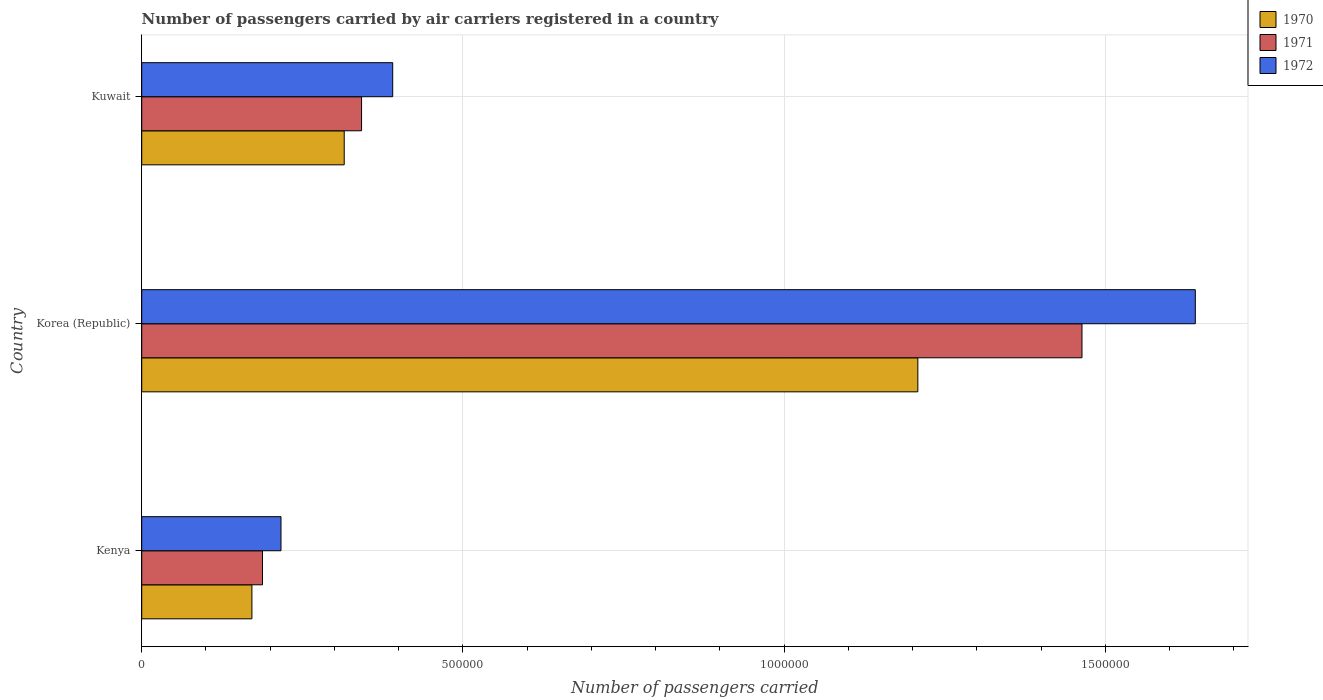
| Country | 1970 | 1971 | 1972 |
 | --- | --- | --- | --- |
 | Kenya | 1.72e+05 | 1.88e+05 | 2.17e+05 |
 | Korea (Republic) | 1.21e+06 | 1.46e+06 | 1.64e+06 |
 | Kuwait | 3.15e+05 | 3.42e+05 | 3.91e+05 |